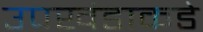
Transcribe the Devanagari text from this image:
उपखंडाकडे